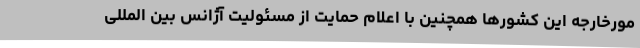
مورخارجه این کشورها همچنین با اعلام حمایت از مسئولیت آژانس بین المللی